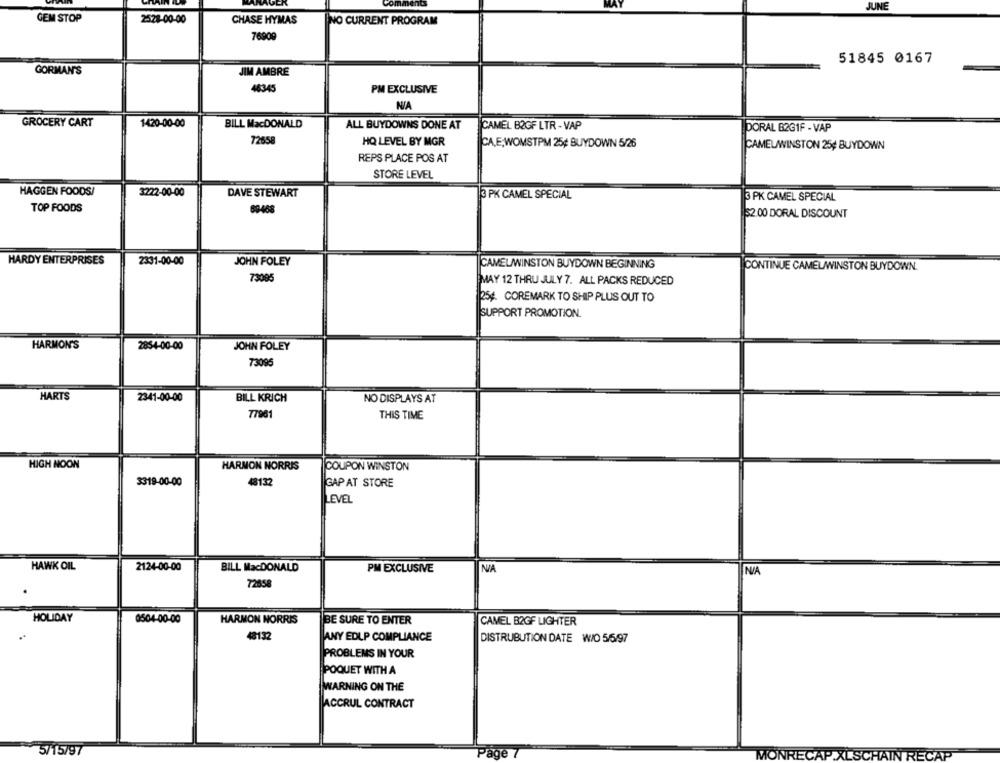
omments
JUNE
GEM STOP
2528-00-00
CHASE HYMAS
NO CURRENT PROGRAM
76909
51845 0167
GORMAN'S
JIM AMBRE
48345
PM EXCLUSIVE
NA
BILL MacDONALD
GROCERY CART
1420-00-00
ALL BUYDOWNS DONE AT
CAMEL B2GF LTR - VAP
DORAL B2G1F - VAP
72658
HQ LEVEL BY MGR
CA,E,WOMSTPM 25¢ BUYDOWN 5/26
CAMEL/WINSTON 25¢ BUYDOWN
REPS PLACE POS AT
STORE LEVEL
HAGGEN FOODS/
3222-00-00
DAVE STEWART
3 PK CAMEL SPECIAL
3 PK CAMEL SPECIAL
TOP FOODS
69468
52.00 DORAL DISCOUNT
HARDY ENTERPRISES
2331-00-00
JOHN FOLEY
CAMELWINSTON BUYDOWN BEGINNING
CONTINUE CAMELAWINSTON BUYDOWN.
73085
MAY 12 THRU JULY 7. ALL PACKS REDUCED
254. COREMARK TO SHIP PLUS OUT TO
SUPPORT PROMOTION.
HARMON'S
2854-00-00
JOHN FOLEY
73096
HARTS
2341-00-00
NO DISPLAYS AT
BILL KRICH
77981
THIS TIME
HIGH NOON
HARMON NORRIS
COUPON WINSTON
3319-00-00
48132
GAP AT STORE
LEVEL
HAWK OIL
2124-00-00
BILL MacDONALD
PM EXCLUSIVE
NA
7285
HOLIDAY
0504-00-00
HARMON NORRIS
BE SURE TO ENTER
CAMEL B2GF LIGHTER
48132
ANY EDLP COMPLIANCE
DISTRUBUTION DATE W/O 5/6/97
PROBLEMS IN YOUR
POQUET WITH A
WARNING ON THE
ACCRUL CONTRACT
5/15/97
Page
MONRECAP.XLSCHAIN RECAP